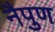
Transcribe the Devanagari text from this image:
नैपुण